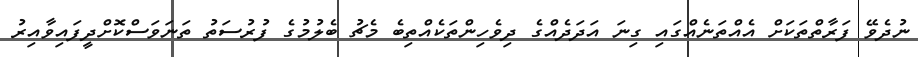
ނުދެވޭ ފަރާތްތަކަށް އެއްތަނެއްގައި ގިނަ އަދަދެއްގެ ދިވެހިންތަކެއްތިބެ މެޗު ބެލުމުގެ ފުރުސަތު ތަނަވަސްކޮށްދީފައިވާއިރު